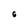
Character: 6